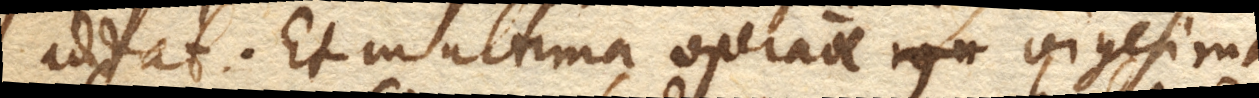
addat. Et in ultima operatione vigesima